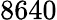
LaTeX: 8640